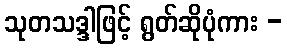
သုတသဒ္ဒါဖြင့် ရွတ်ဆိုပုံကား -